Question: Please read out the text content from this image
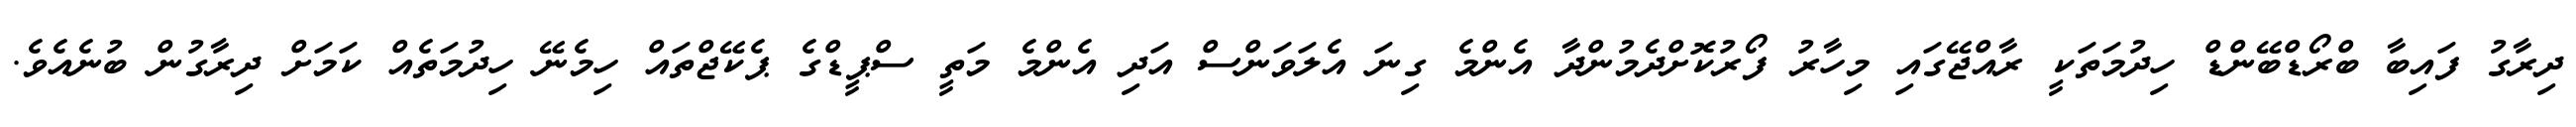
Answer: ދިރާގު ފައިބާ ބްރޯޑްބޭންޑް ހިދުމަތަކީ ރާއްޖޭގައި މިހާރު ފޯރުކޮށްދެމުންދާ އެންމެ ގިނަ އެލަވަންސް އަދި އެންމެ މަތީ ސްޕީޑްގެ ޕެކޭޖްތައް ހިމެނޭ ހިދުމަތެއް ކަމަށް ދިރާގުން ބުނެއެވެ.